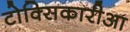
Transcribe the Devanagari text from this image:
टोक्सिकारीआ